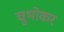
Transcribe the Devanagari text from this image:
चुभोकर